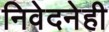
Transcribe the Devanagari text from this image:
निवेदनेही